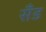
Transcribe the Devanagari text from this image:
सॅंड